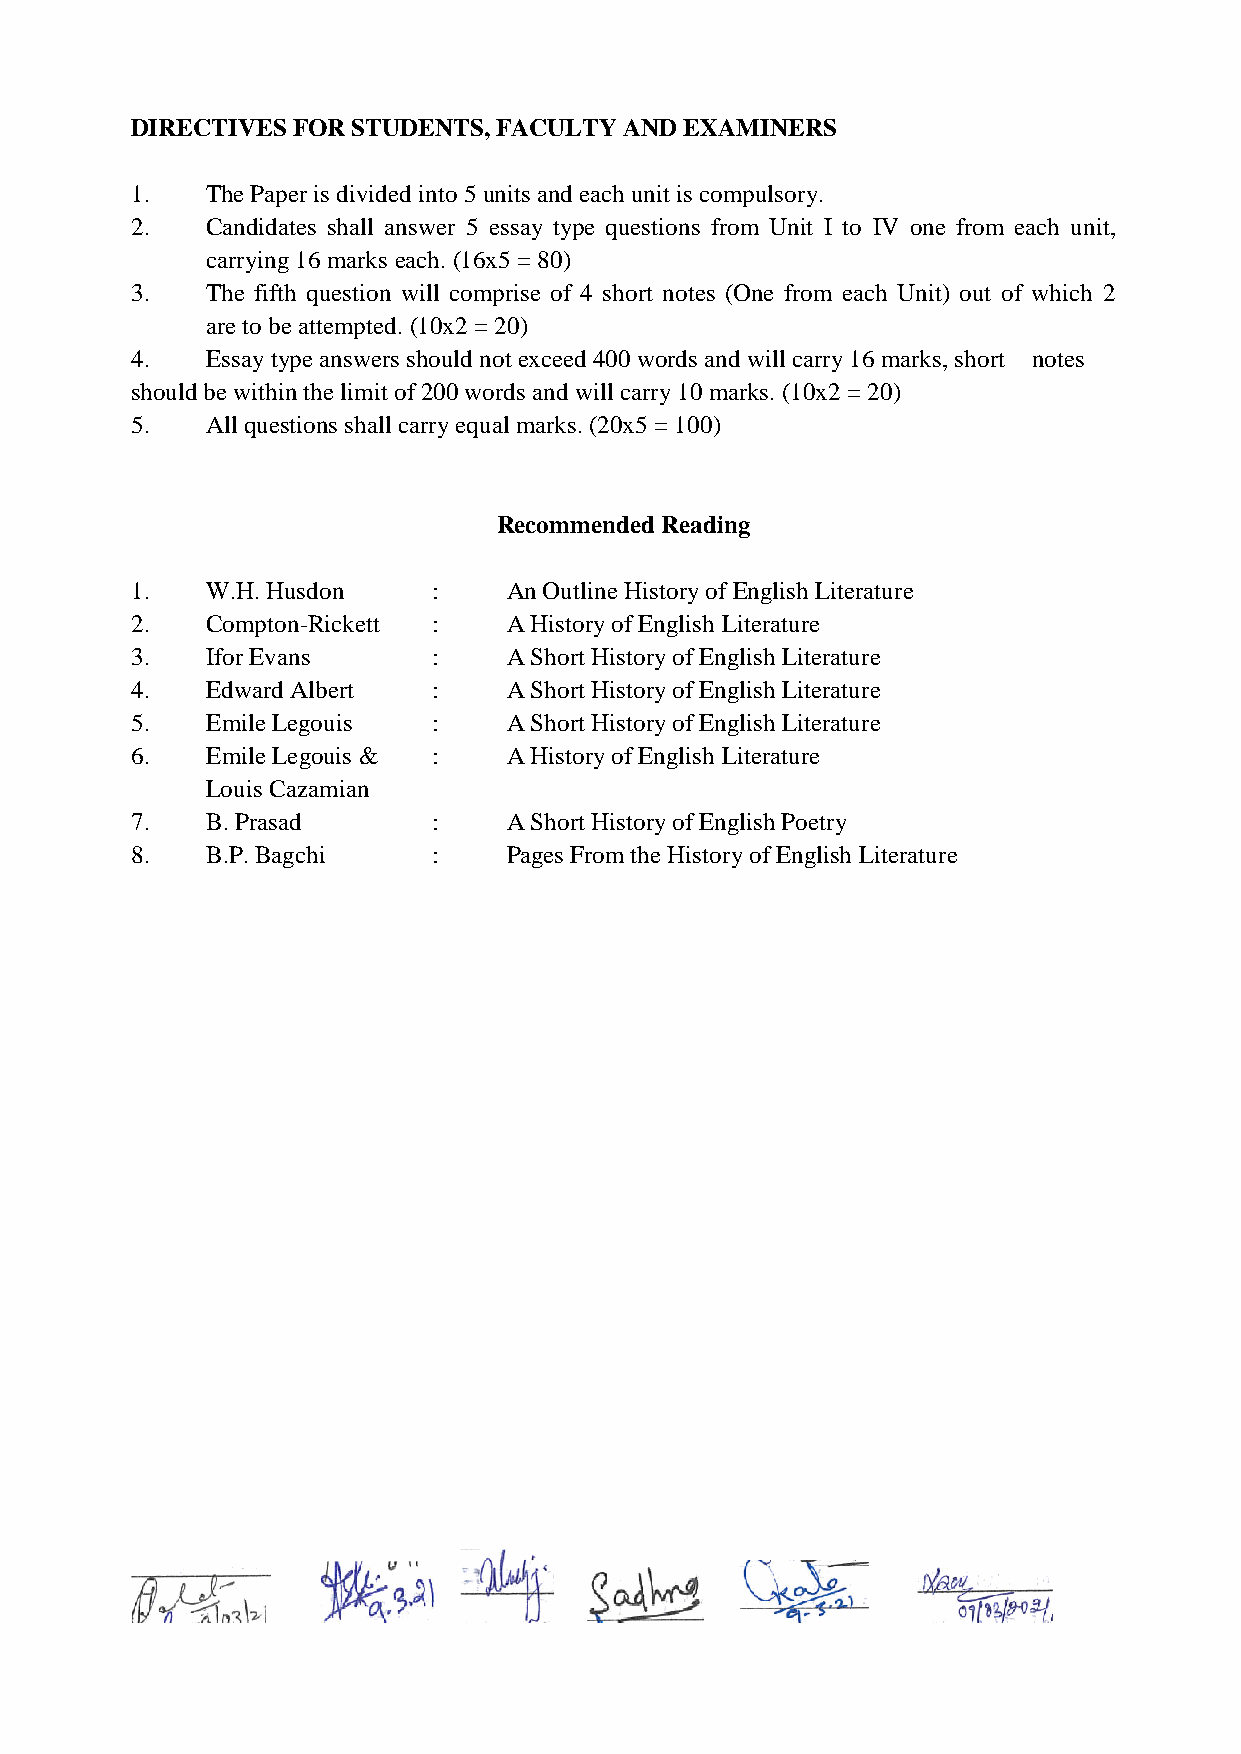
DIRECTIVES FOR STUDENTS, FACULTY AND EXAMINERS
 1.   The Paper is divided into 5 units and each unit is compulsory.
 2.   Candidates shall answer 5 essay type questions from Unit I to IV one from each unit,
 carrying 16 marks each. (16x5 = 80)
 3.   The fifth question will comprise of 4 short notes (One from each Unit) out of which 2
 are to be attempted. (10x2 = 20)
 4.   Essay type answers should not exceed 400 words and will carry 16 marks, short notes
 should be within the limit of 200 words and will carry 10 marks. (10x2 = 20)
 5.   All questions shall carry equal marks. (20x5 = 100)
 Recommended Reading
 1.   W.H. Husdon    :    An Outline History of English Literature
 2.   Compton-Rickett :   A History of English Literature
 3.   Ifor Evans     :    A Short History of English Literature
 4.   Edward Albert  :    A Short History of English Literature
 5.   Emile Legouis  :    A Short History of English Literature
 6.   Emile Legouis & :   A History of English Literature
 Louis Cazamian
 7.   B. Prasad      :    A Short History of English Poetry
 8.   B.P. Bagchi    :    Pages From the History of English Literature